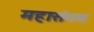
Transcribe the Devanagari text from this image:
महासंगम